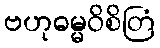
ဗဟုဓမ္မဝိစိတြံ